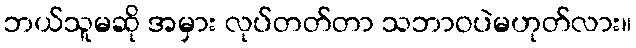
ဘယ်သူမဆို အမှား လုပ်တတ်တာ သဘာဝပဲမဟုတ်လား။